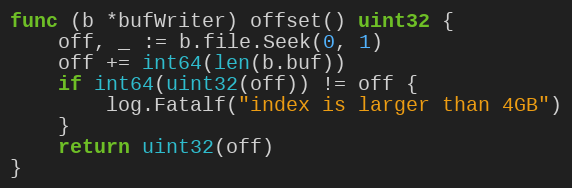
Language: Go
func (b *bufWriter) offset() uint32 {
	off, _ := b.file.Seek(0, 1)
	off += int64(len(b.buf))
	if int64(uint32(off)) != off {
		log.Fatalf("index is larger than 4GB")
	}
	return uint32(off)
}